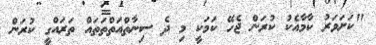
"ކަށަވަރު ކާމާއެކު ކުރަން ޖެހޭ ކަމަކީ މި ދެ ސިނާތްއަތްތަތައް ތަރައްގީ ކުރަން